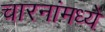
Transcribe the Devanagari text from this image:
चारनांमध्ये